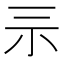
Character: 𡭚